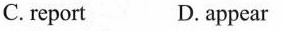
C.report D.a ppear